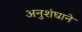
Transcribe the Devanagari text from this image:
अनुशंघाने